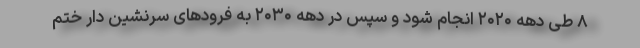
۸ طی دهه ۲۰۲۰ انجام شود و سپس در دهه ۲۰۳۰ به فرودهای سرنشین دار ختم